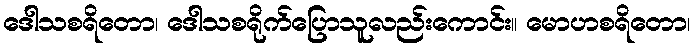
ဒေါသစရိတော၊ ဒေါသစရိုက်ပြောသူလည်းကောင်း။ မောဟစရိတော၊